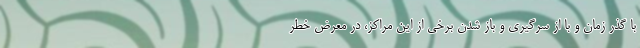
با گذر زمان و با از سرگیری و باز شدن برخی از این مراکز، در معرض خطر